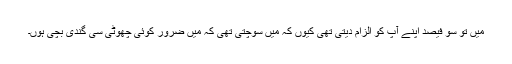
میں تو سو فیصد اپنے آپ کو الزام دیتی تھی کیوں کہ میں سوچتی تھی کہ میں ضرور کوئی چھوٹی سی گندی بچی ہوں۔